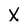
Character: X